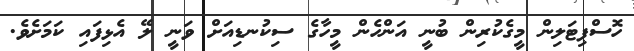
ހޮސްޕިޓަލިން މީގެކުރިން ބުނީ އަންހެން މީހާގެ ސިކުނޑިއަށް ވަނީ ލޭ އެޅިފައި ކަމަށެވެ.